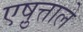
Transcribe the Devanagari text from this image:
एष़ुत्ताले